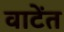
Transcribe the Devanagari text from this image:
वाटेंत